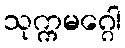
သုက္ကမဂ္ဂေါ